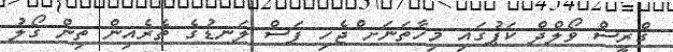
ގްރީސް ވޯލްދް ކަޕުގައި މިހާތަނަށ ްޖެހި ފަސް ލަނޑުގެ ތެރެެއިން ތިން ގޯލު